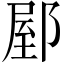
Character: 𨜘